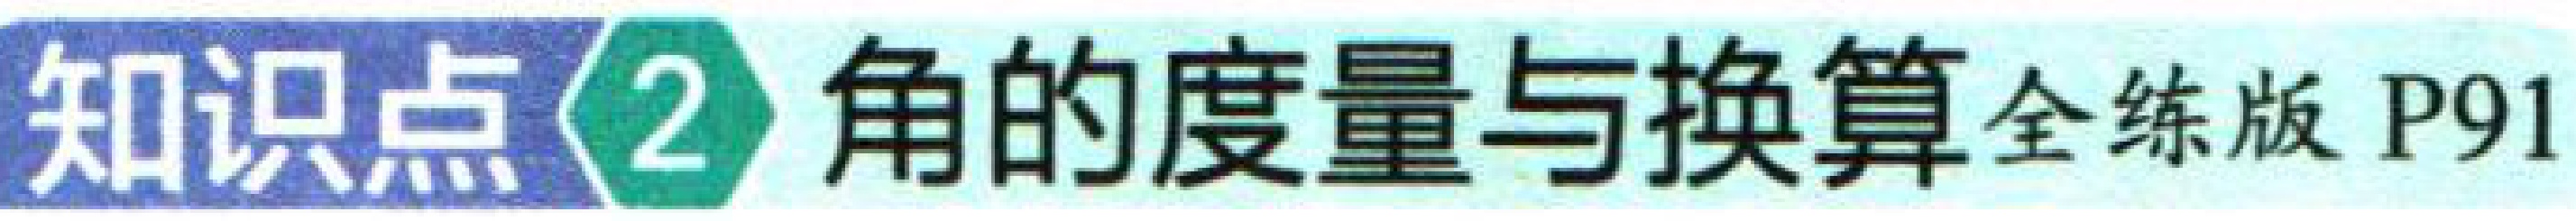
知识点\textcircled{2} 角的度量与换算 全练版 P91